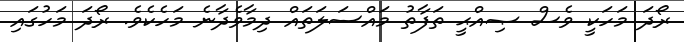
ރޯދަ މަހަކީ ވެސް ޞިއްޙީ ތަފާތު މައްސަލަތައް ދިމާވެދާނެ މަހެކެވެ. ރޯދަ މަހުގައި